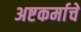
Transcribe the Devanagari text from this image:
अष्टकर्माचे